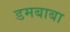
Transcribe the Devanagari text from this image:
डमबाबा